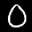
Label: 0